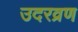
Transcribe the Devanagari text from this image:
उदरव्रण